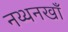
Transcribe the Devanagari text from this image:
नथ्थनखाँ